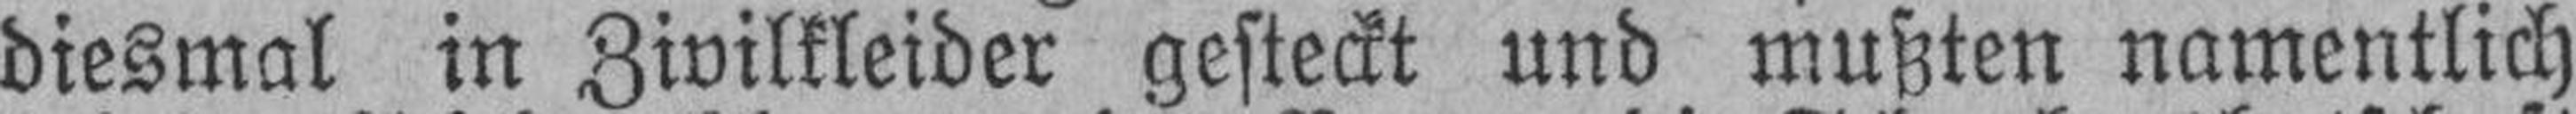
diesmal in Zivilkleider gesteckt und mußten namentlich